Indian journal of veterinary science and animal husbandry - Volume 13,
Year: 1943
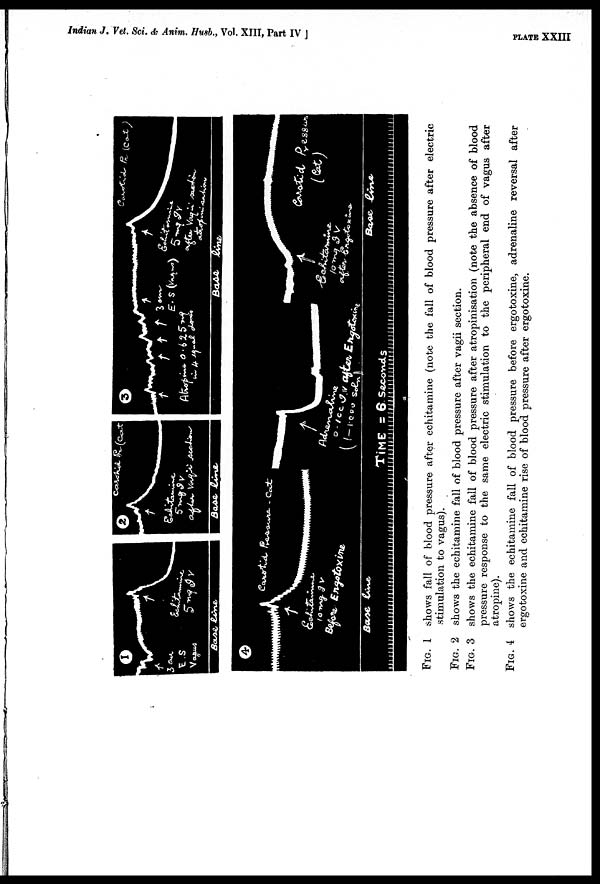
Indian .J. Vet. Sci. & Anim. Husb., Vol. XIII, Part IV ]
PLATE XXIII
FIG. 1 shows fall of blood pressure after echitamine (note the fall of blood pressure after electric
stimulation to vagus).
FIG. 2 shows the echitamine fall of blood pressure after vagii section.
FIG. 3 shows the echitamine fall of blood pressure after atropinisation (note the absence of blood
pressure response to the same electric stimulation to the peripheral end of vagus after
atropine).
FIG. 4 shows the echitamine fall of blood pressure before ergotoxine, adrenaline reversal after
ergotoxine and echitamine rise of blood pressure after ergotoxine.